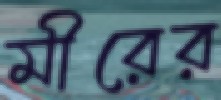
মীরের